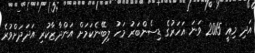
އަދި މިއީ 2015 ވަނަ އަހަރުގެ ޑިސެންބަރު މަހު ލިބޭނެކަމަށް އަންދާޒާކުރި އަދަދަށްވުރެ